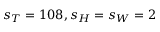
s _ { T } = 1 0 8 , s _ { H } = s _ { W } = 2